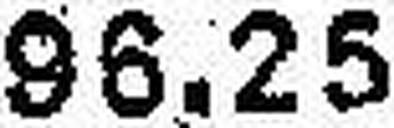
96.25